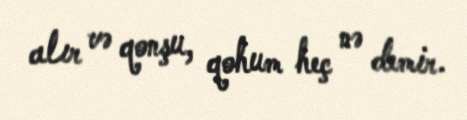
alır və qonşu, qohum heç nə demir.